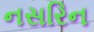
નસરિન